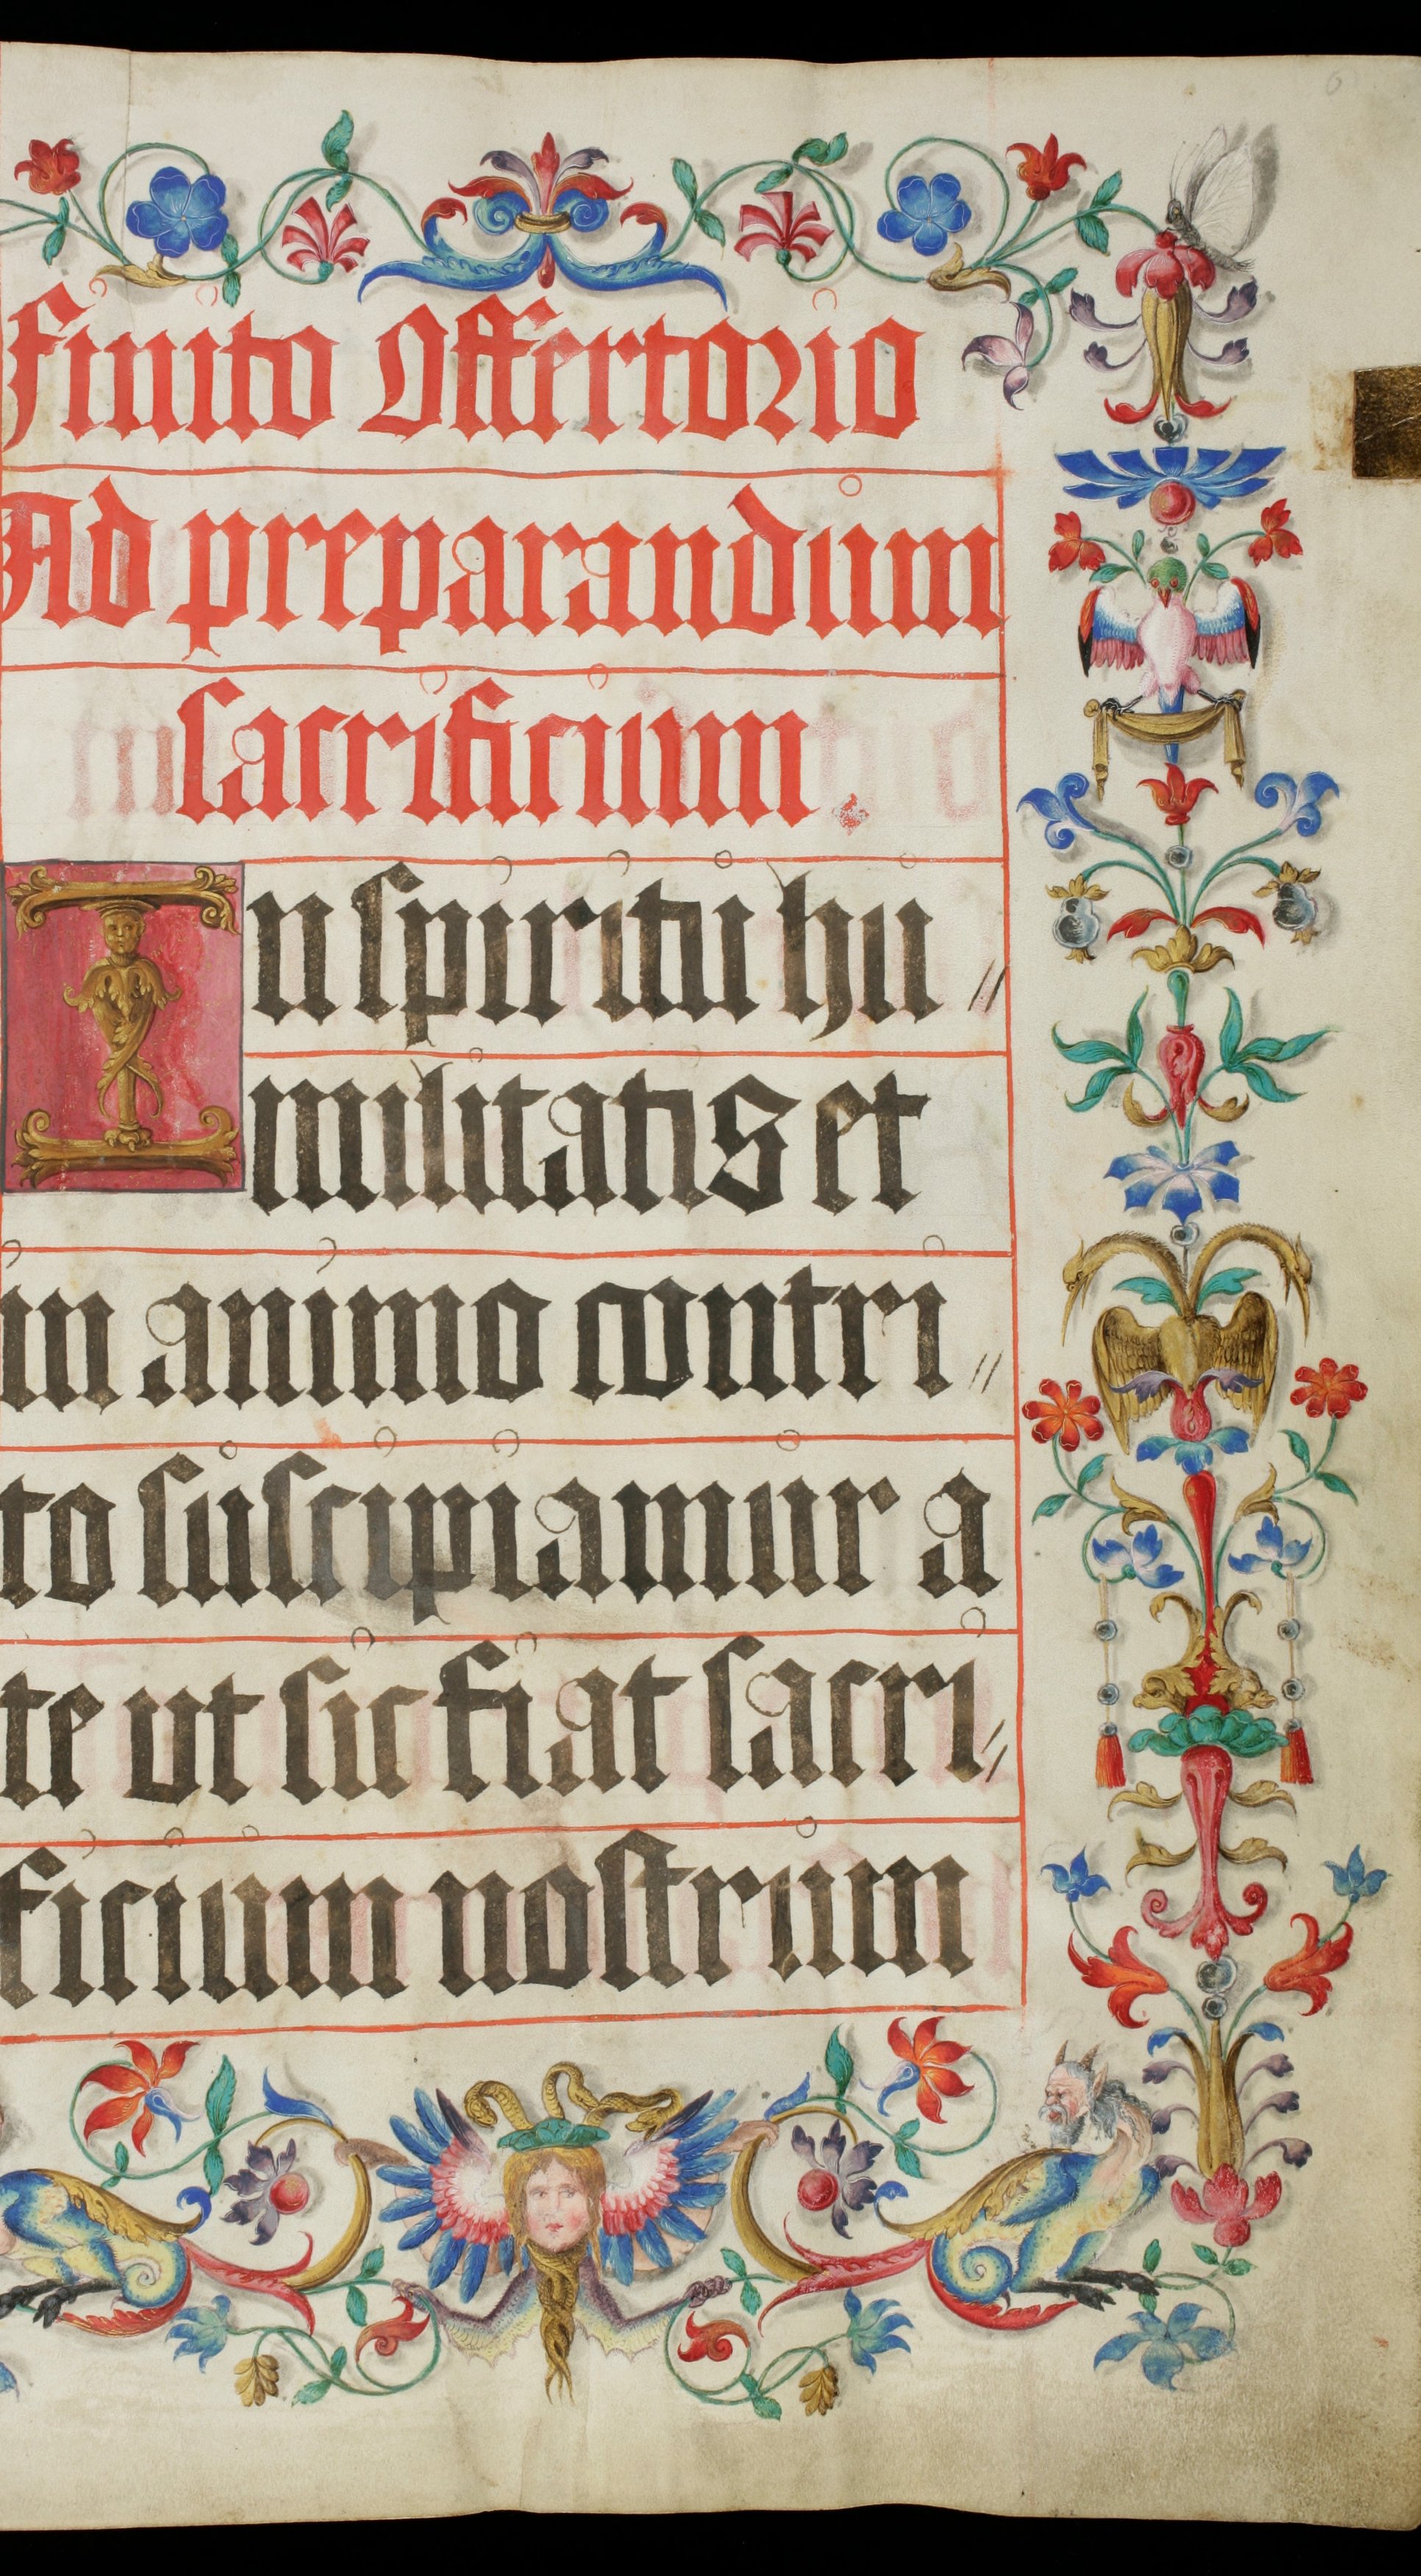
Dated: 1500–1599